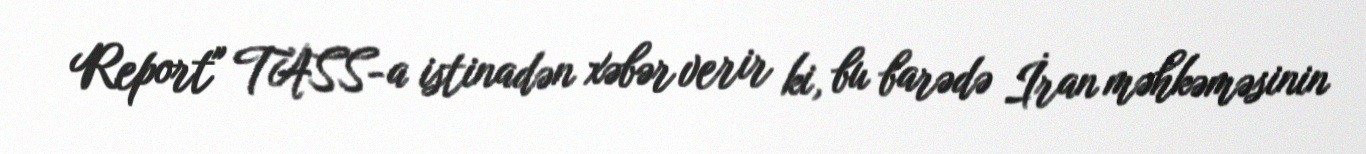
Report" TASS-a istinadən xəbər verir ki, bu barədə İran məhkəməsinin